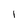
Character: l